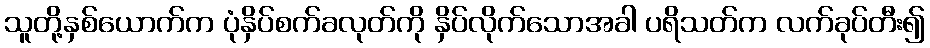
သူတို့နှစ်ယောက်က ပုံနှိပ်စက်ခလုတ်ကို နှိပ်လိုက်သောအခါ ပရိသတ်က လက်ခုပ်တီး၍